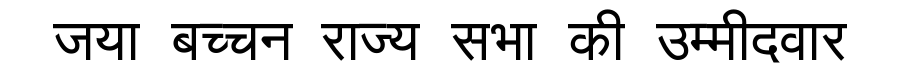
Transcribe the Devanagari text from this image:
जया बच्चन राज्य सभा की उम्मीदवार